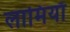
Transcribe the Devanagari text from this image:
लामियाँ